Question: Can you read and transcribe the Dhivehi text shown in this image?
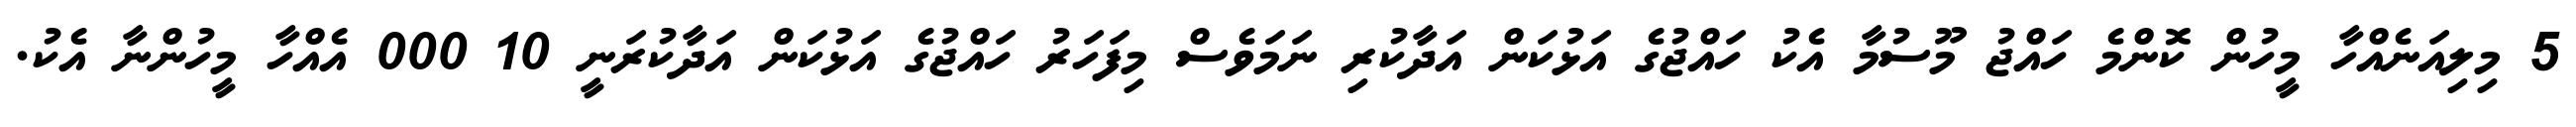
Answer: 5 މިލިއަނެއްހާ މީހުން ކޮންމެ ހައްޖު މޫސުމާ އެކު ހައްޖުގެ އަޅުކަން އަދާކުރި ނަމަވެސް މިފަހަރު ހައްޖުގެ އަޅުކަން އަދާކުރަނީ 10 000 އެއްހާ މީހުންނާ އެކު.